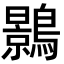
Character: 𪆣